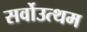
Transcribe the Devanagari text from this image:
सर्वोउत्थम